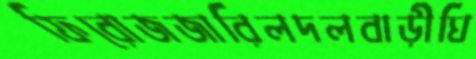
ফিরোজজারিলদলবাড়ীঘি